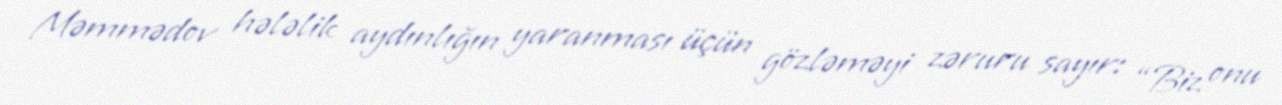
Məmmədov hələlik aydınlığın yaranması üçün gözləməyi zəruru sayır: “Biz onu